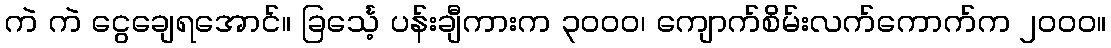
ကဲ ကဲ ငွေချေရအောင်။ ခြင်္သေ့ ပန်းချီကားက ၃၀၀၀၊ ကျောက်စိမ်းလက်ကောက်က ၂၀၀၀။